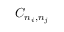
C _ { n _ { i } , n _ { j } }